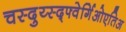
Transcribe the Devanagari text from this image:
चस्दुय्स्द्फ्वेर्गिओएतिअ